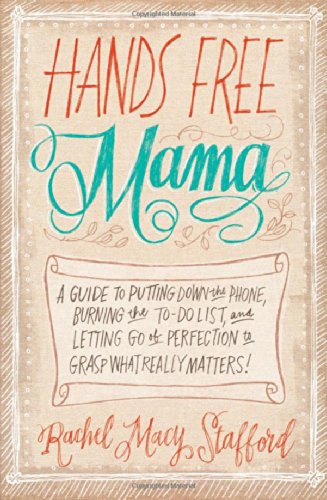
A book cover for Hands Free Mama: A Guide to Putting Down the Phone, Burning the To-Do List, and Letting Go of Perfection to Grasp What Really Matters!; Rachel Macy Stafford; Parenting & Relationships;